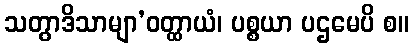
သတွာဒိသာမျာ’ဝတ္ထာယံ၊ ပစ္စယာ ပဌမေပိ စ။